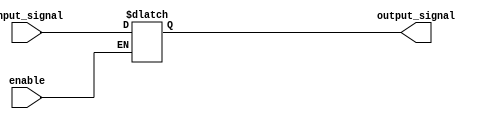
module buffer_with_enable (
    input wire enable, 
    input wire input_signal,
    output reg output_signal
);

always @* begin
    if (enable) begin
        output_signal = input_signal;
    end else begin
        output_signal = output_signal; // hold at constant value
    end
end

endmodule